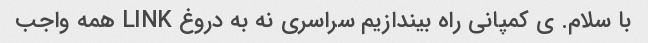
با سلام. ی کمپانی راه بیندازیم سراسری نه به دروغ LINK همه واجب